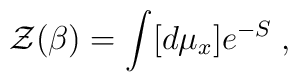
{\cal Z}(\beta) = \int [d\mu_{x}] e^{-S}\;,